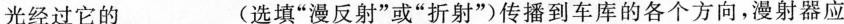
光经过它的___(选填”漫反射”或”折射”)传播到车库的各个方向，漫射器应